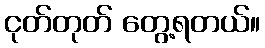
ငုတ်တုတ် တွေ့ရတယ်။